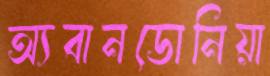
অ্যবানডোনিয়া